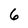
Character: 6